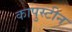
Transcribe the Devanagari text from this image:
कापुस्टीन